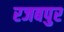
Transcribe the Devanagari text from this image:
रजबपुर